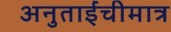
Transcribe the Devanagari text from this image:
अनुताईंचीमात्र